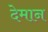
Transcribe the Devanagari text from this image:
देमान